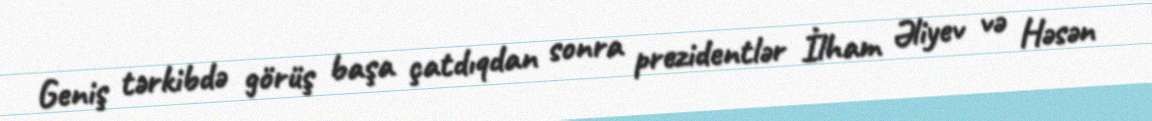
Geniş tərkibdə görüş başa çatdıqdan sonra prezidentlər İlham Əliyev və Həsən